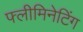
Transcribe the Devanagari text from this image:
फ्लीमिनेटिंग